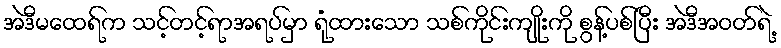
အဲဒီမထေရ်က သင့်တင့်ရာအရပ်မှာ ရုံထားသော သစ်ကိုင်းကျိုးကို စွန့်ပစ်ပြီး အဲဒီအဝတ်ရဲ့